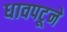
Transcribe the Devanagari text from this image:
धावपटूने